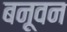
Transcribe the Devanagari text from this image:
बनूवन